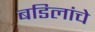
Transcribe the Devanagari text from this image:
बडिलांचे